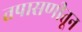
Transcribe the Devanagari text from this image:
तपासणीतून